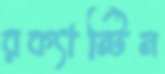
রক্যান্টিন